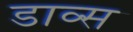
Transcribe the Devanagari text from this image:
डाव्स